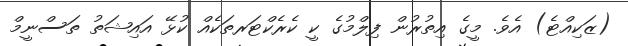
(ޒަކިއްޓެ) އެވެ. މީގެ އިތުރުން ފިލްމުގެ ކީ ކެރެކްޓަރތަކެއް ކުޅޭ އައިޝަތު ތަސްނީމް